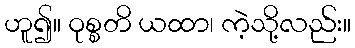
ဟူ၍။ ဝုစ္စတိ ယထာ၊ ကဲ့သို့လည်း။